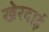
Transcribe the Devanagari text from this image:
खेरदाई